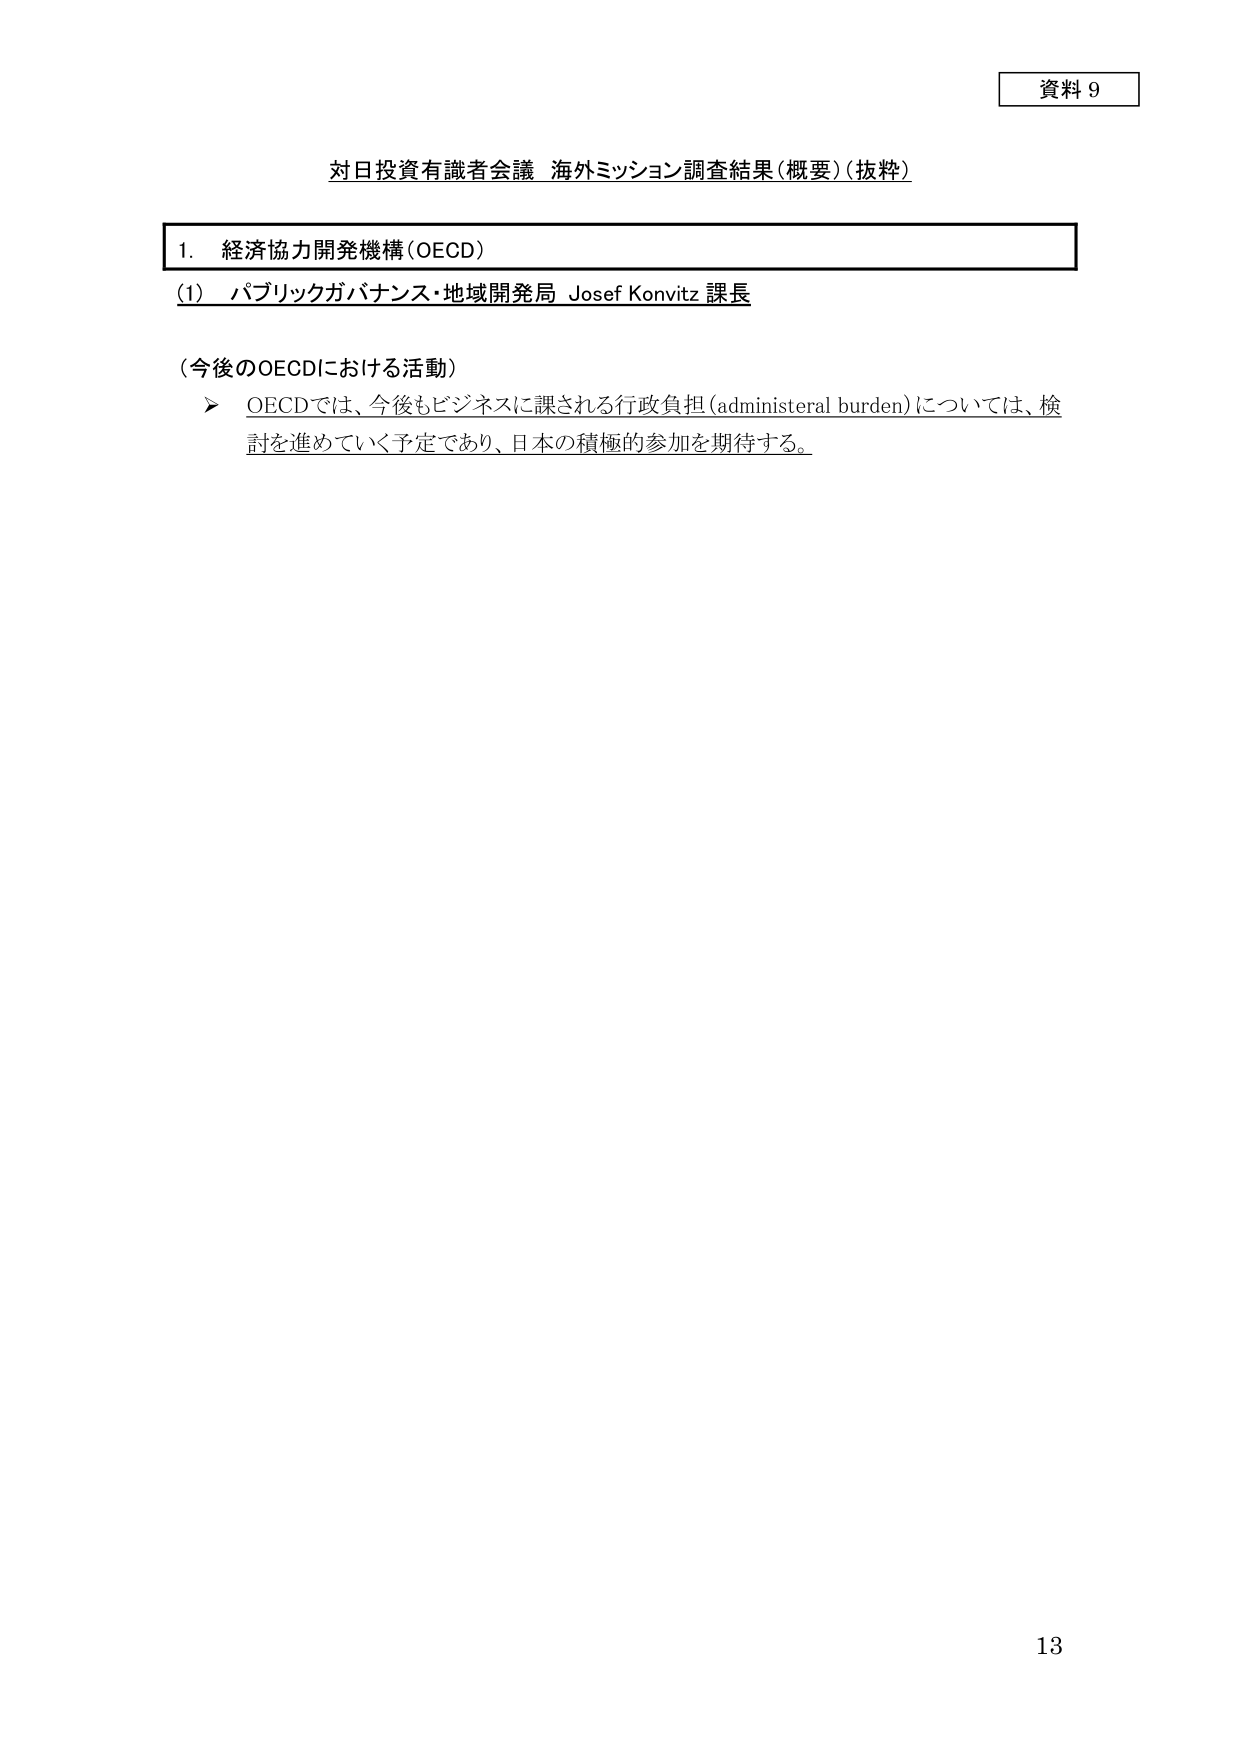
資料 9

対日投資有識者会議 海外ミッション調査結果（概要）（抜粋）

1. 経済協力開発機構（OECD）

（1）パブリックガバナンス・地域開発局 Josef Konvitz 課長

（今後のOECDにおける活動）
➤ OECDでは、今後もビジネスに課される行政負担（administeral burden）については、検討を進めていく予定であり、日本の積極的参加を期待する。

13